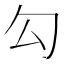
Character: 勾